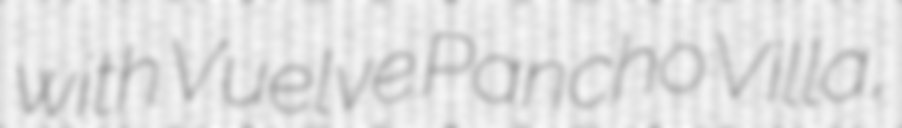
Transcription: with Vuelve Pancho Villa,